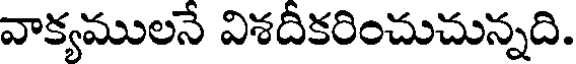
వాక్యములనే విశదీకరించుచున్నది.